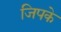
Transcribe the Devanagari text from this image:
जिपके